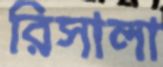
রিসালা